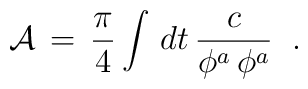
{\cal A}\, = \,\frac{\pi}{4}\int\,dt \, {c \over \phi^a\,\phi^a}\;\;.